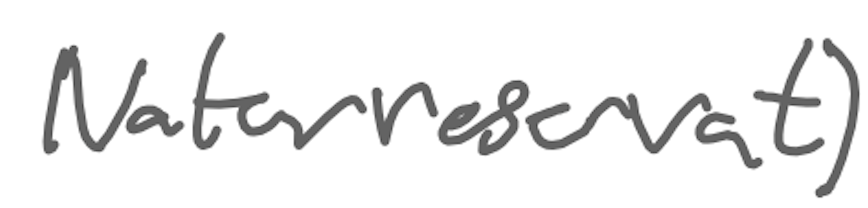
Text: naturreservat)
Cross-out: clean
Writing tool: digital_gray